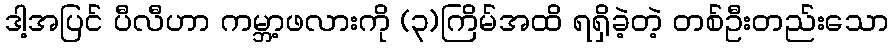
ဒါ့အပြင် ပီလီဟာ ကမ္ဘာ့ဖလားကို (၃)ကြိမ်အထိ ရရှိခဲ့တဲ့ တစ်ဦးတည်းသော